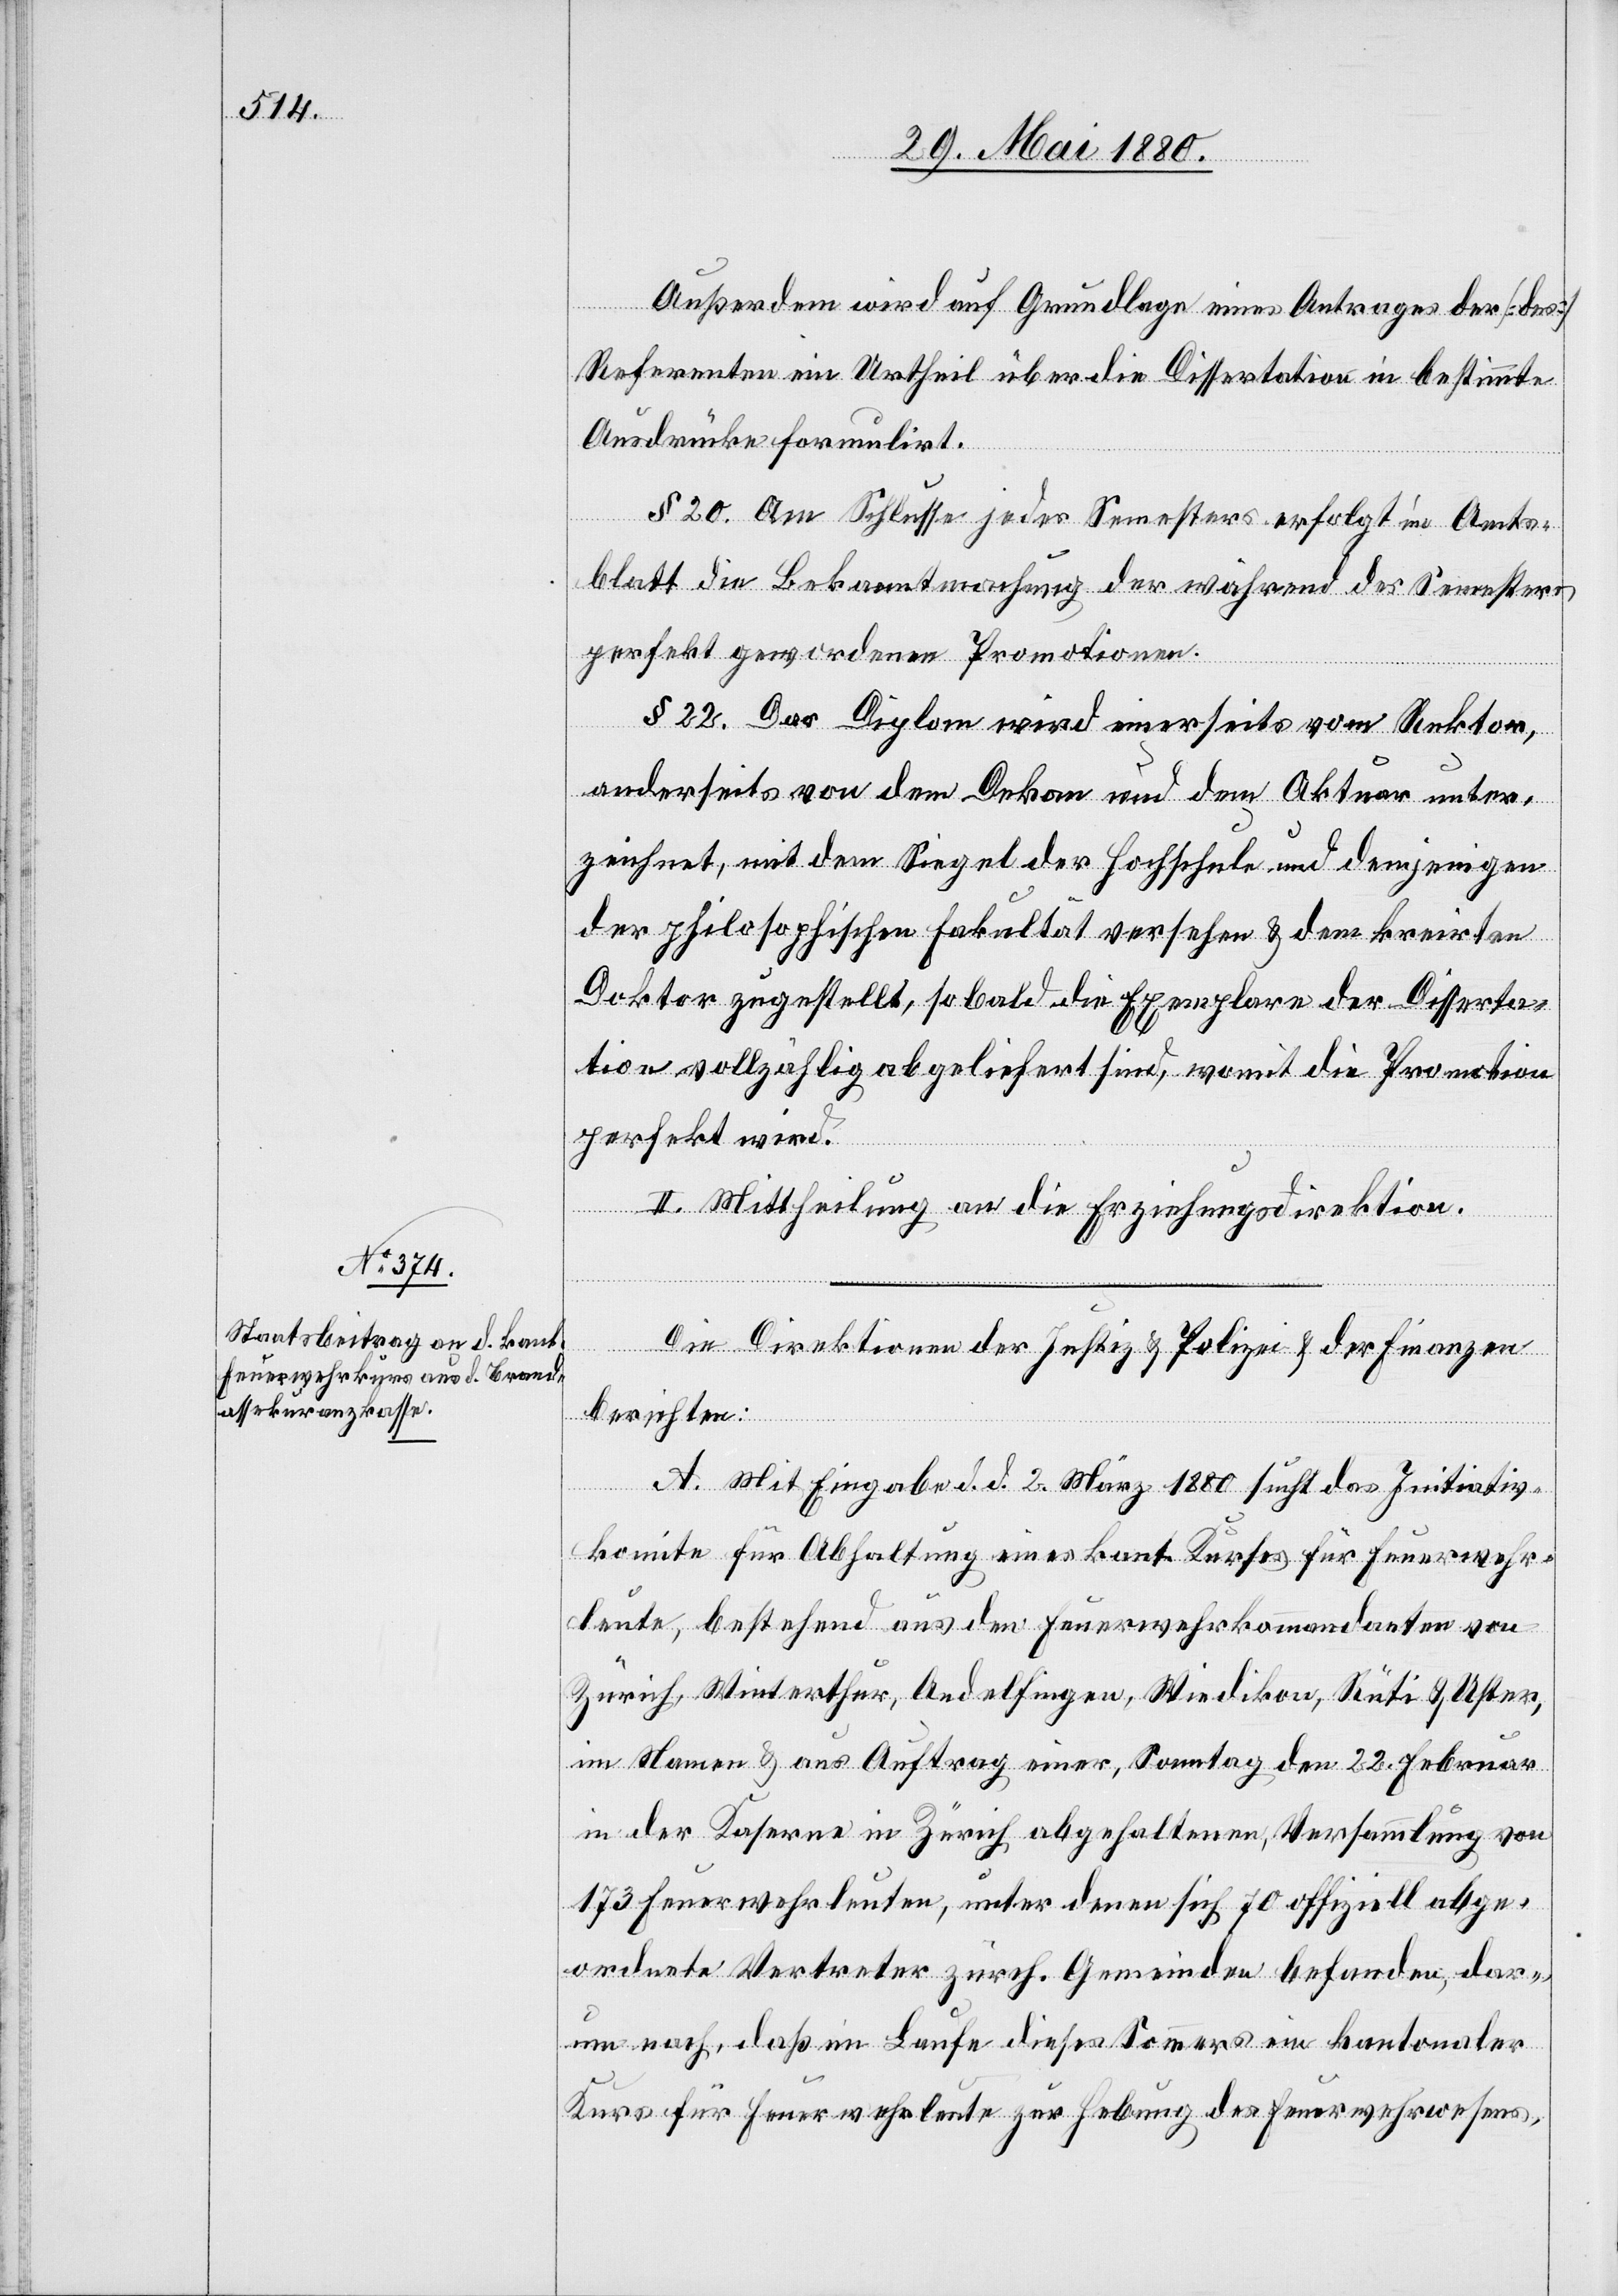
Außerdem wird auf Grundlage eines Antrages der [des]
Referenten ein Urtheil über die Dissertation in bestimmte
Ausdrücke formulirt.
§ 20. Am Schlusse jedes Semesters erfolgt im Amts¬
blatt die Bekanntmachung der während des Semesters
perfekt gewordenen Promotionen.
§ 22. Das Diplom wird einerseits vom Rektor,
anderseits von dem Dekan und dem Aktuar unter¬
zeichnet, mit dem Siegel der Hochschule und demjenigen
der philosophischen Fakultät versehen & dem kreirten
Doktor zugestellt, so bald die Exemplare der Disserta¬
tion vollzählig abgeliefert sind, womit die Promotion
perfekt wird.
II. Mittheilung an die Erziehungsdirektion.
Die Direktionen der Justiz & Polizei & der Finanzen
berichten:
A. Mit Eingabe d. d. 2. März 1880 sucht das Initiativ¬
komite für Abhaltung eines kant. Kurses für Feuerwehr¬
leute, bestehend aus den Feuerwehrkommandanten von
Zürich, Winterthur, Andelfingen, Wiedikon, Rüti & Uster,
im Namen & aus Auftrag einer, Sonntag den 22. Februar
in der Kaserne in Zürich abgehaltenen Versammlung von
173 Feuerwehrleuten, unter denen sich 70 offiziell abge¬
ordnete Vertreter zürch. Gemeinden befanden, dar¬
um nach, daß im Laufe dieses Sommers ein kantonaler
Kurs für Feuerwehrleute zur Hebung des Feuerwehrwesens,